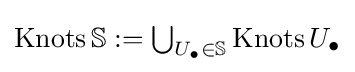
{\textstyle \operatorname {Knots} \mathbb {S} :=\bigcup _{U_{\bullet }\in \mathbb {S} }\operatorname {Knots} U_{\bullet }}